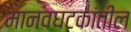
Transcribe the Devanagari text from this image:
मानवघटकांतील